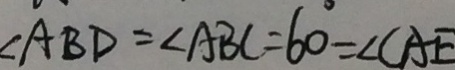
\angle A B D = \angle A B C = 6 0 ^ { \circ } = \angle C A E